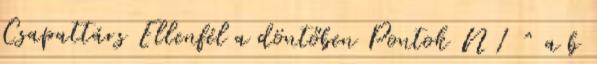
Csapattárs Ellenfél a döntőben Pontok N 1 ^ a b